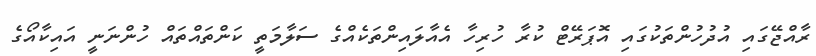
ރާއްޖޭގައި އުދުހުންތަކުގައި އޮޕަރޭޓް ކުރާ ހުރިހާ އެއާލައިންތަކެއްގެ ސަލާމަތީ ކަންތައްތައް ހުންނަނީ އައިކާއޯގެ